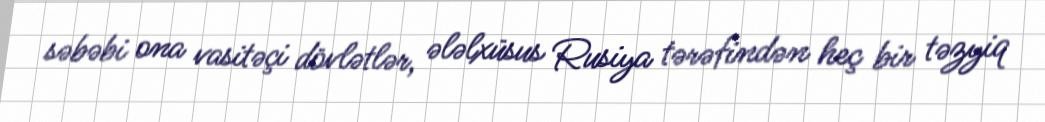
səbəbi ona vasitəçi dövlətlər, ələlxüsus Rusiya tərəfindən heç bir təzyiq